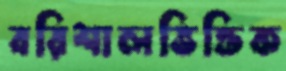
বরিশালভিত্তিক